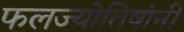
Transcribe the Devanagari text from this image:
फलज्योतिषांनी